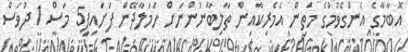
އޮބާމާގެ އެންގެވުމުގެ މަތިން އެމެރިކާއިން ތާލިބާނުންނަށް ހަމަލާދޭން ފަށައިފި5 މަސް 1 ދުވަސް